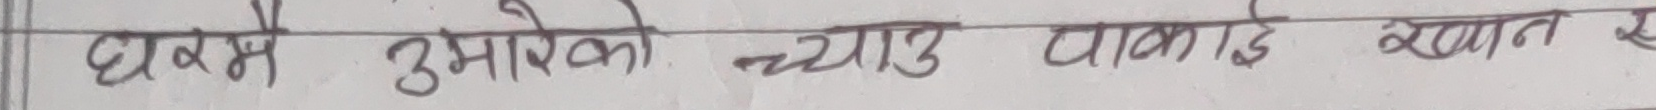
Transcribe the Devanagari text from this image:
घसमा उमारिएको च्याउ पाखाडे खान हो